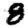
Digit: 8